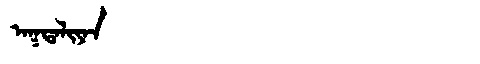
Manchu: ᠠᡴᡨᠠᠯᡳᠶᠠᠨ
Romanization: AKTALIYAN